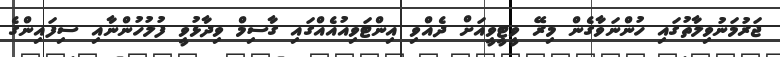
ޖަރުމަނުވިލާތުގައި ހުންނަވާގެން މިރޭ ވީޓީވީއަށް ދެއްވި އިންޓަވިއުއެއްގައި ގާސިމް ވިދާޅުވީ ފުލުހުންނާއި ސިފައިންގެ